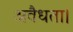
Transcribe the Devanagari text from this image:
अवैधता।